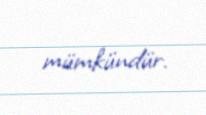
mümkündür.